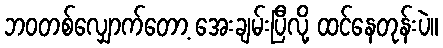
ဘဝတစ်လျှောက်တော့ အေးချမ်းပြီလို့ ထင်နေတုန်းပဲ။